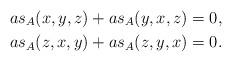
LaTeX: \begin{align*} as_A (x, y, z) + as_A (y, x, z)& = 0,\\ as_A (z, x, y) + as_A (z, y, x)& = 0.\end{align*}